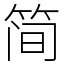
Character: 简